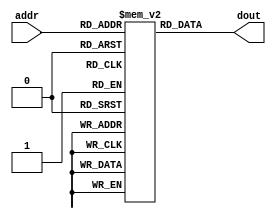
module im_4k (addr,dout) ;
    input [11:2]  addr ;        // address bus
    output [31:0] dout ;      // 32-bit memory output 
    
    reg   [31:0]  im[1023:0] ;
    
    assign dout = im[addr];
    
endmodule